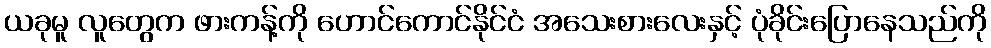
ယခုမူ လူတွေက ဖားကန့်ကို ဟောင်ကောင်နိုင်ငံ အသေးစားလေးနှင့် ပုံခိုင်းပြောနေသည်ကို